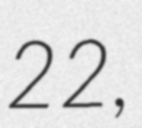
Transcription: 22,